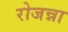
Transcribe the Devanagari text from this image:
रोजन्ना